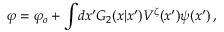
\varphi = \varphi _ { o } + \int \! d x ^ { \prime } { \cal G } _ { 2 } ( x | x ^ { \prime } ) V ^ { \zeta } ( x ^ { \prime } ) \psi ( x ^ { \prime } ) \, ,